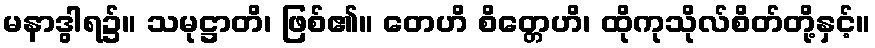
မနာဒွါရ၌။ သမုဋ္ဌာတိ၊ ဖြစ်၏။ တေဟိ စိတ္တေဟိ၊ ထိုကုသိုလ်စိတ်တို့နှင့်။